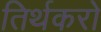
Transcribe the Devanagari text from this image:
तिर्थकरो